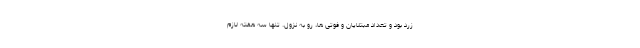
زرد بود و تعداد مبتلایان و فوتی ها، رو به نزول. تنها سه هفته لازم